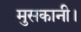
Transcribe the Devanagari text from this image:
मुसकानी।